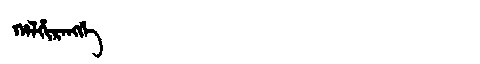
Manchu: ᡥᠠᠯᡥᡳᡵᠠᠩᡤᡝ
Romanization: HALHIRANGGE